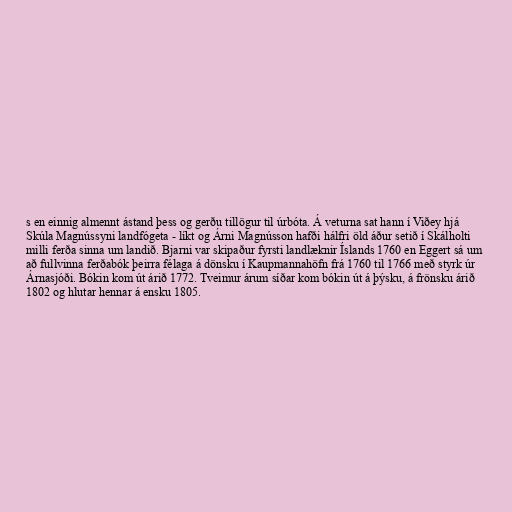
s en einnig almennt ástand þess og gerðu tillögur til úrbóta. Á veturna sat hann í Viðey hjá
Skúla Magnússyni landfógeta - líkt og Árni Magnússon hafði hálfri öld áður setið í Skálholti
milli ferða sinna um landið. Bjarni var skipaður fyrsti landlæknir Íslands 1760 en Eggert sá um
að fullvinna ferðabók þeirra félaga á dönsku í Kaupmannahöfn frá 1760 til 1766 með styrk úr
Árnasjóði. Bókin kom út árið 1772. Tveimur árum síðar kom bókin út á þýsku, á frönsku árið
1802 og hlutar hennar á ensku 1805.